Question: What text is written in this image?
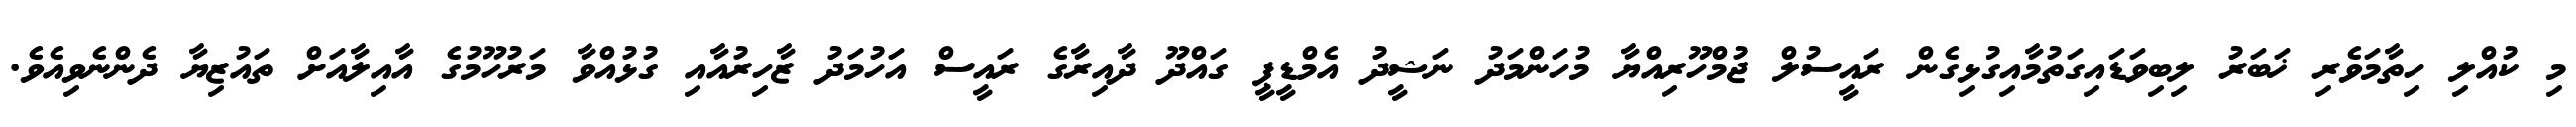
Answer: މި ކުއްލި ހިތާމަވެރި ޚަބަރު ލިބިވަޑައިގަތުމާއިގުޅިގެން ރައީސުލް ޖުމްހޫރިއްޔާ މުހަންމަދު ނަޝީދު އެމްޑީޕީ ގައްދޫ ދާއިރާގެ ރައީސް އަހުމަދު ޒާހިރުއާއި ގުޅުއްވާ މަރުހޫމުގެ އާއިލާއަށް ތައުޒިޔާ ދެންނެވިއެވެ.